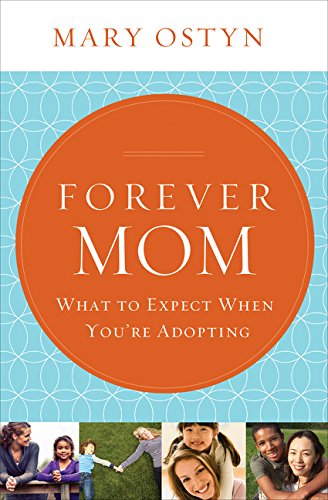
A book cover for Forever Mom: What to Expect When You're Adopting; Mary Ostyn; Parenting & Relationships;